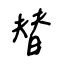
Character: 替